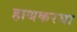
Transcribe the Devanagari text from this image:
हाथकरघा